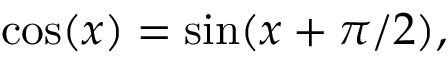
\cos ( x ) = \sin ( x + \pi / 2 ) ,